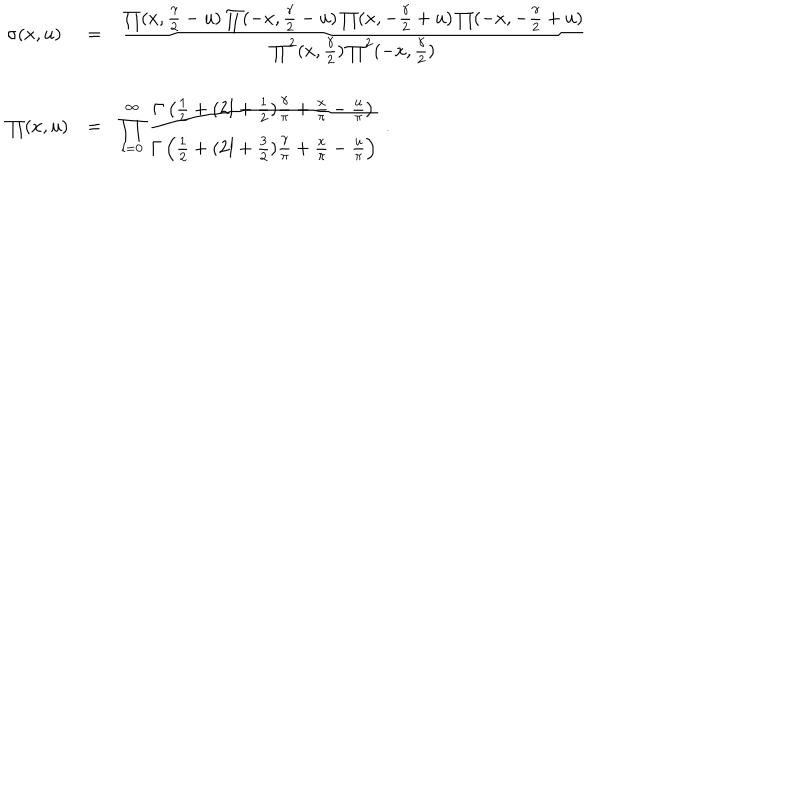
\begin{array} { l c l } { { \sigma ( x , u ) } } & { { = } } & { { \frac { \textstyle \prod ( x , \frac { \gamma } { 2 } - u ) \prod ( - x , \frac { \gamma } { 2 } - u ) \prod ( x , - \frac { \gamma } { 2 } + u ) \prod ( - x , - \frac { \gamma } { 2 } + u ) } { \textstyle \prod ^ { 2 } ( x , \frac { \gamma } { 2 } ) \prod ^ { 2 } ( - x , \frac { \gamma } { 2 } ) } } } \\ { { } } & { { } } & { { } } \\ { { \prod ( x , u ) } } & { { = } } & { { \displaystyle \prod _ { l = 0 } ^ { \infty } \frac { \textstyle \Gamma \left( \frac { 1 } { 2 } + ( 2 l + \frac { 1 } { 2 } ) \frac { \gamma } { \pi } + \frac { x } { \pi } - \frac { u } { \pi } \right) } { \textstyle \Gamma \left( \frac { 1 } { 2 } + ( 2 l + \frac { 3 } { 2 } ) \frac { \gamma } { \pi } + \frac { x } { \pi } - \frac { u } { \pi } \right) } \; . } } \\ \end{array}